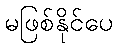
မဖြစ်နိုင်ပေ